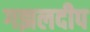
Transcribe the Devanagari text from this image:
गझलदीप